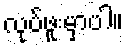
လုပ်ဖူးမှာပါ။